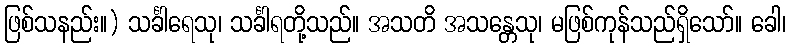
ဖြစ်သနည်း။) သင်္ခါရေသု၊ သင်္ခါရတို့သည်။ အသတိ အသန္တေသု၊ မဖြစ်ကုန်သည်ရှိသော်။ ခေါ၊